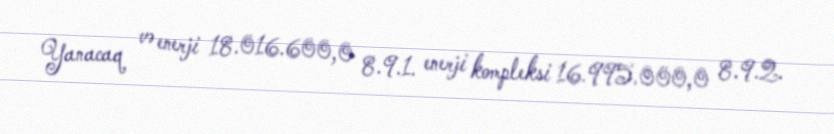
Yanacaq və enerji 18.016.600,0 8.9.1. enerji kompleksi 16.995.000,0 8.9.2.